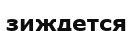
зиждется